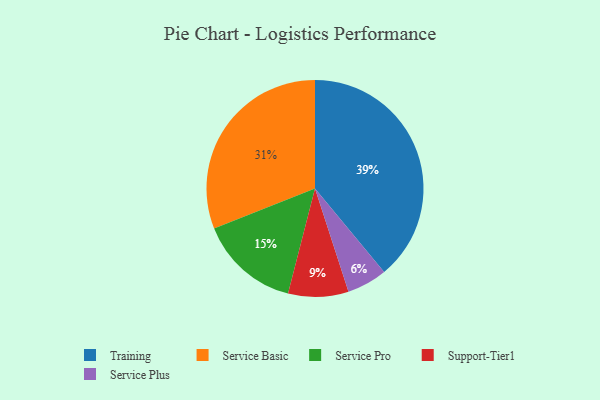
{"axis": {"x": "Category", "y": "Percentage"}, "legend": ["Service Basic", "Service Plus", "Service Pro", "Support-Tier1", "Training"], "data": [{"x": "Support-Tier1", "y": 9, "type": "Support-Tier1"}, {"x": "Service Plus", "y": 6, "type": "Service Plus"}, {"x": "Service Pro", "y": 15, "type": "Service Pro"}, {"x": "Training", "y": 39, "type": "Training"}, {"x": "Service Basic", "y": 31, "type": "Service Basic"}]}